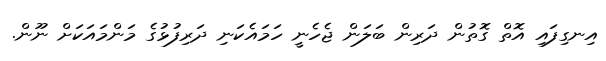
އިނގިފައި އޮތް ގޮތުން ދަރިން ބަލަން ޖެހެނީ ހަމައެކަނި ދަރިފުޅުގެ މަންމައަކަށް ނޫން.